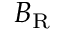
B _ { \mathrm { R } }